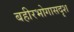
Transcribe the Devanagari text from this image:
बहीरभोगासदृश